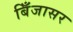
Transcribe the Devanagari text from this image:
बिँजासर